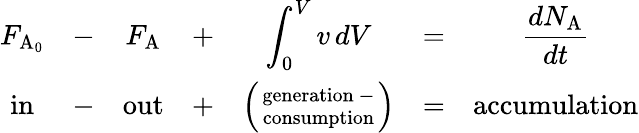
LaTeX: {\begin{array}{ccccccc}{F_{\mathrm{A}_{0}}}&{-}&{F_{\mathrm{A}}}&{+}&{\displaystyle\int_{0}^{V}v\, dV}&{=}&{\displaystyle{\frac{dN_{\mathrm{A}}}{dt}}}\\ {{\mathrm{in}}}&{-}&{{\mathrm{out}}}&{+}&{\left({{\mathrm{generation~}}-\atop{\mathrm{consumption}}}\right)}&{=}&{{\mathrm{accumulation}}}\end{array}}